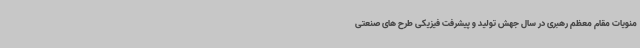
منویات مقام معظم رهبری در سال جهش تولید و پیشرفت فیزیکی طرح های صنعتی